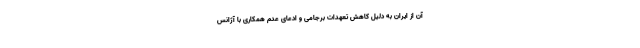
آن از ایران به دلیل کاهش تعهدات برجامی و ادعای عدم همکاری با آژانس